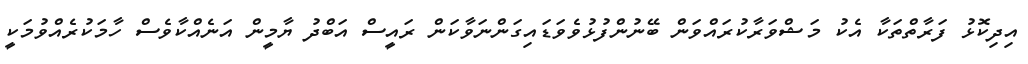
އިދިކޮޅު ފަރާތްތަކާ އެކު މަޝްވަރާކުރައްވަން ބޭނުންފުޅުވެވަޑައިގަންނަވާކަން ރައީސް އަބްދު ޔާމީން އަނެއްކާވެސް ހާމަކުރެއްވުމަކީ